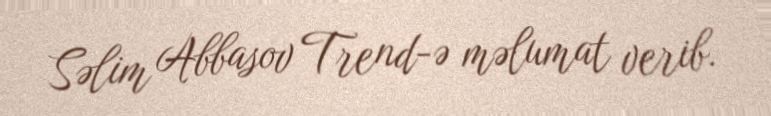
Səlim Abbasov Trend-ə məlumat verib.